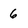
Character: 6